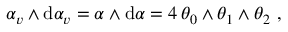
\begin{array} { r } { \alpha _ { v } \wedge \mathrm { d } \alpha _ { v } = \alpha \wedge \mathrm { d } \alpha = 4 \, \theta _ { 0 } \wedge \theta _ { 1 } \wedge \theta _ { 2 } \ , } \end{array}